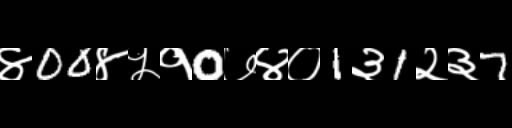
Text: ४00४५१0७४०1३1२३7